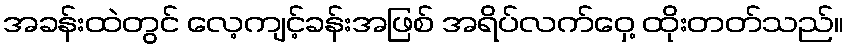
အခန်းထဲတွင် လေ့ကျင့်ခန်းအဖြစ် အရိပ်လက်ဝှေ့ ထိုးတတ်သည်။